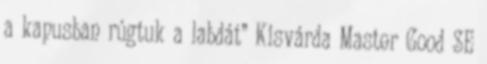
a kapusban rúgtuk a labdát” Kisvárda Master Good SE